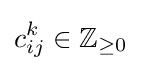
c_{ij}^{k}\in \mathbb {Z} _{\geq 0}